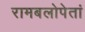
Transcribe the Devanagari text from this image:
रामबलोपेतां